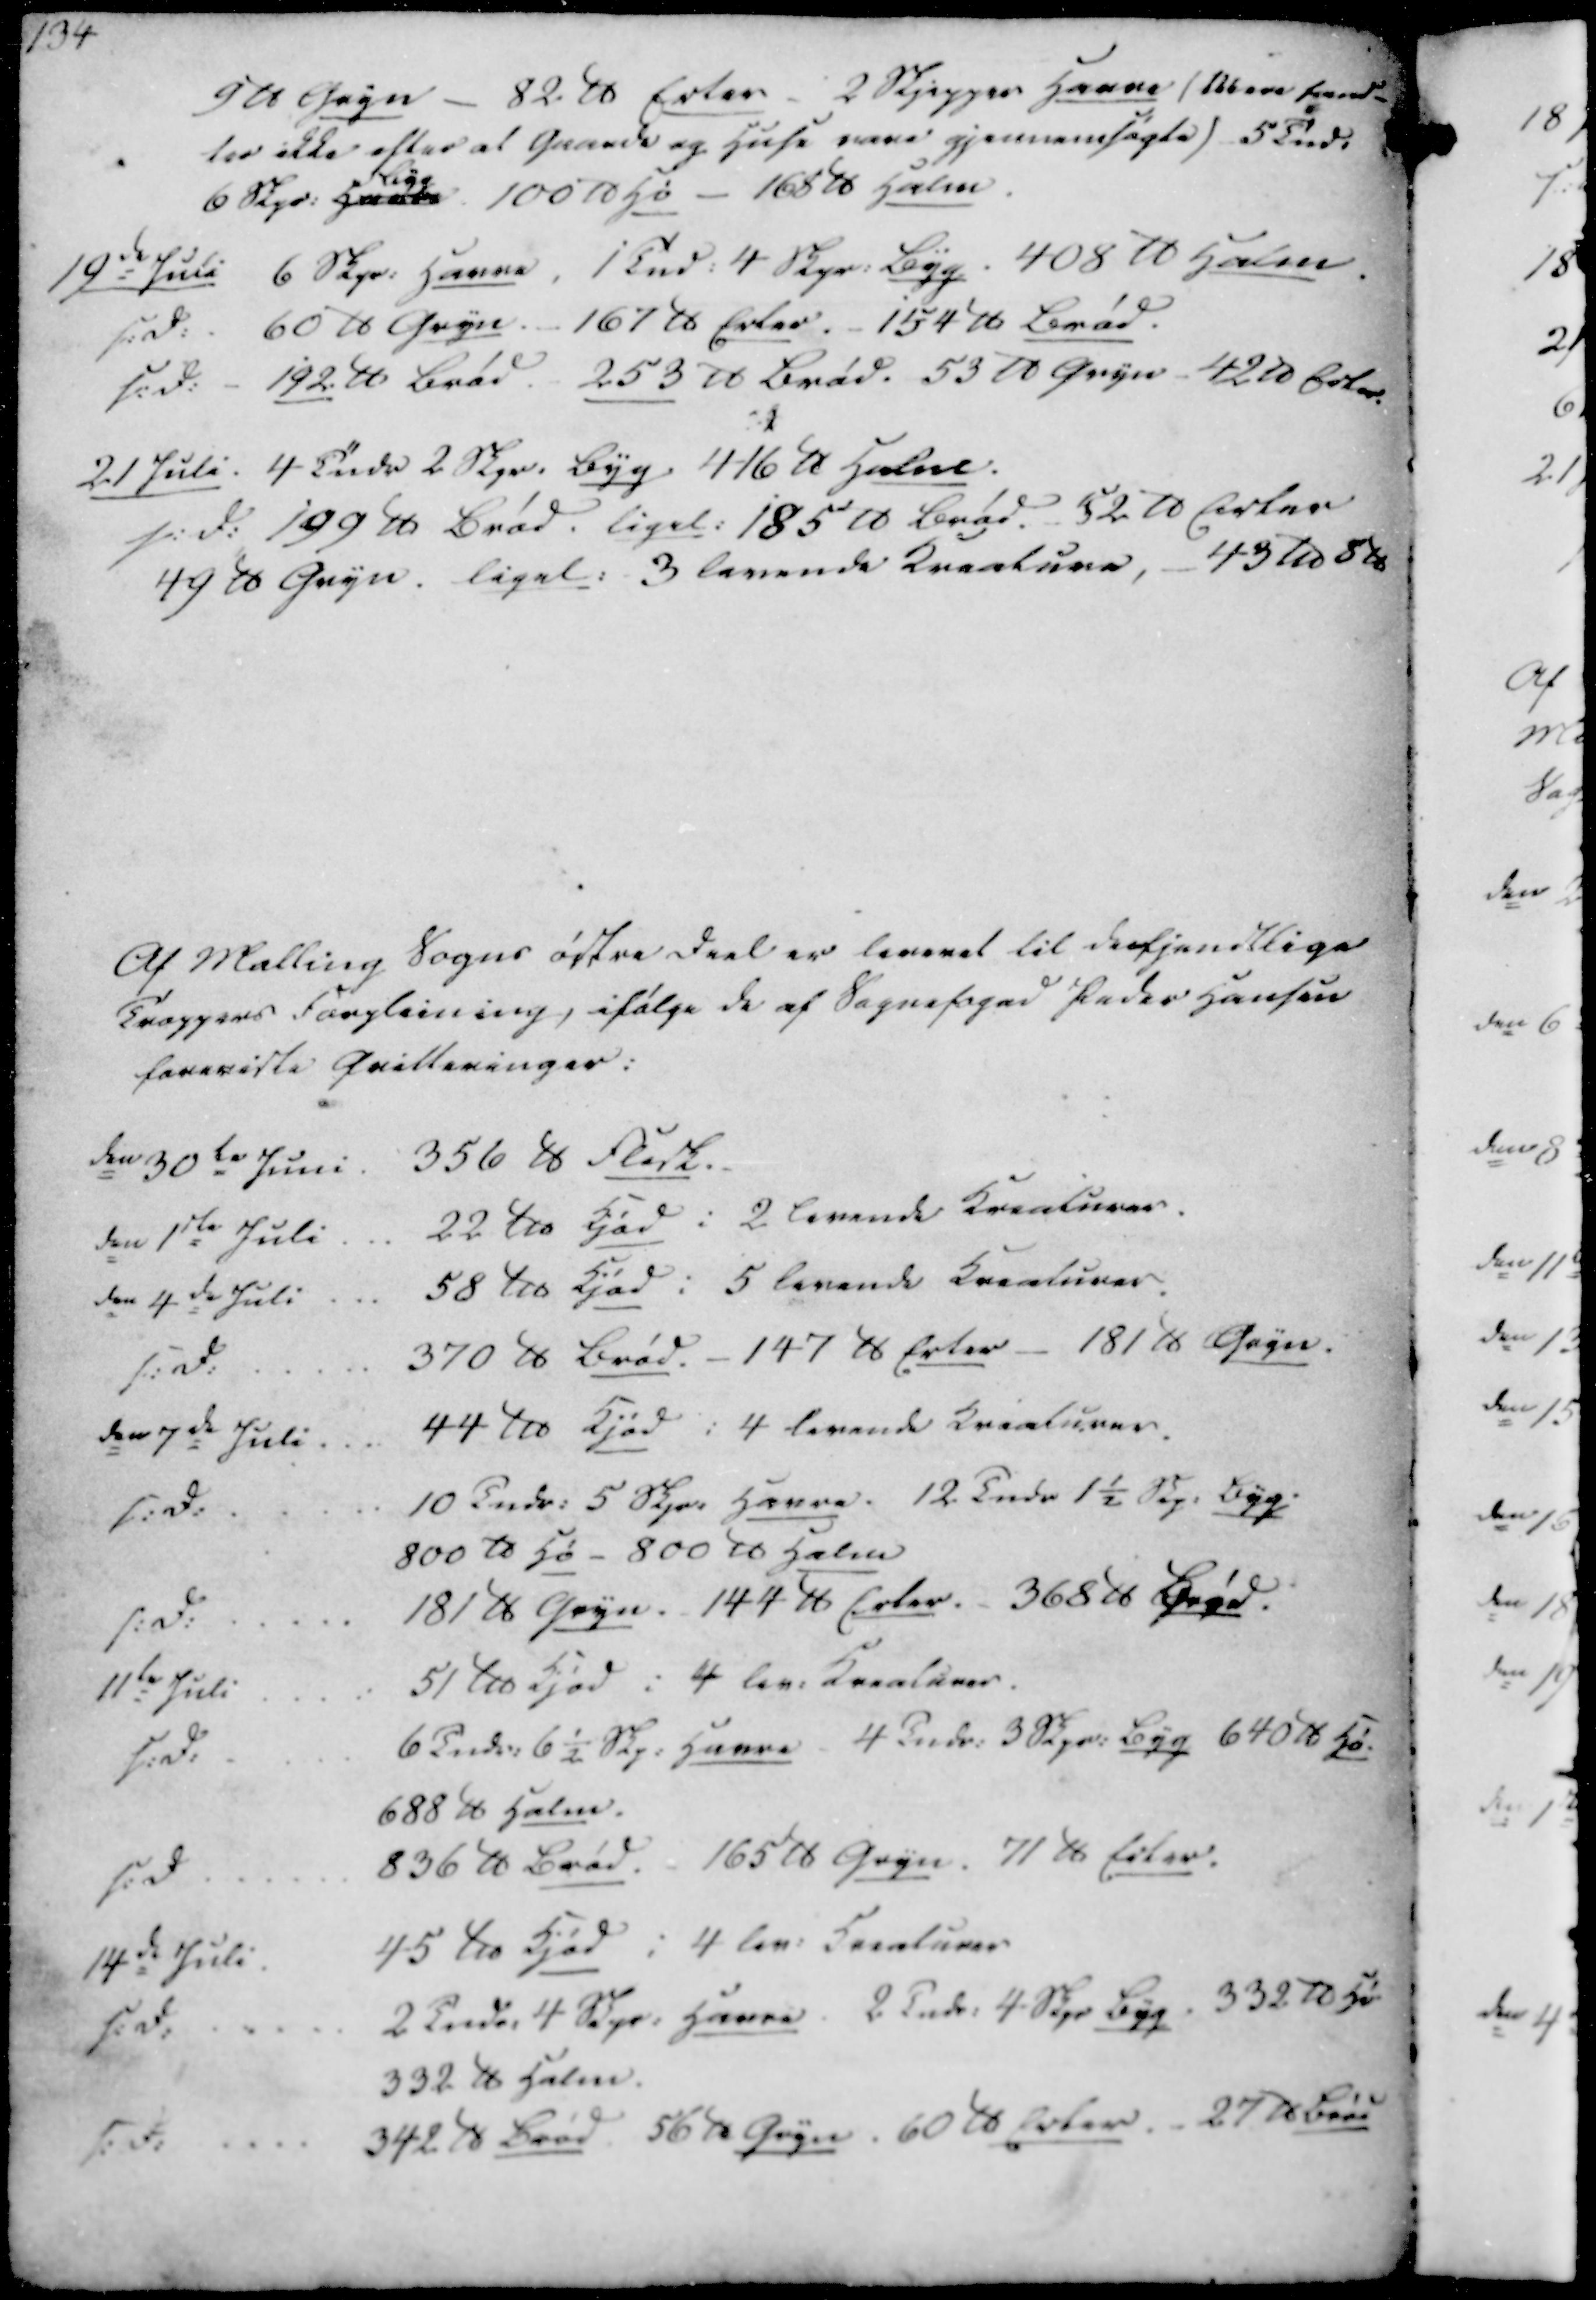
Transskription:
9 ℔ Gryn - 82 ℔ Erter - 2 Skjepper Havre (Mere fand-
tes ikke efter at Gaarde og Huse være gjennemsøgte) 5 Tnd.
6 Skpr. Havre
Byg
100 ℔ Hø - 168 ℔ Halm

19de Juli 6 Skpr. Havre, 1 Tnd. 4 Skpr. Byg. 408 ℔ Halm.
s.D. . 60 ℔ Gryn. - 167 ℔ Erter. - 154 ℔ Brød.
s.D. - 192 ℔ Brød. 253 ℔ Brød. 53 ℔ Gryn - 42 ℔ Erter.

21 Juli. 4 Tndr 2 Skpr. Byg. 416 ℔ Halm.
s.D. 199 ℔ Brød. Ligel. 185 ℔ Brød. - 52 ℔ Erter
49 ℔ Gryn. Ligel. 3 levende Kreature, - 43 ℔ 8 ℔

Af Malling Sogns østre Deel er leveret til de fjendtlige
Tropper Forpleining, ifølge de af Sognefoged Peder Hansen
foranviste Qvitteringer:

den 30te Juni. 356 ℔ Flesk.
den 1ste Juli
22 ℔ Kjød i 2 levende Kreaturer.
den 4de Juli
58 ℔ Kjød i 5 levende Kreaturer.
s.D.
370 ℔ Brød. - 147 ℔ Erter - 181 ℔ Gryn.
den 7de Juli
44 ℔ Kjød i 4 levende Kreaturer.
s.D.
10 Tndr. 5 Skpr. Havre. 12 Tndr 1½ Skp. Byg
800 ℔ Hø - 800 ℔ Halm
s.D.
181 ℔ Gryn. - 144 ℔ Erter. - 368 ℔ Brød
11te Juli
51 ℔ Kjød i 4 lev. Kreaturer.
s.D.
6 Tndr. 6½ Skp. Havre - 4 Tndr. 3 Skpr. Byg 640 ℔ Hø.
688 ℔ Halm
s.D.
836 ℔ Brød. - 165 ℔ Gryn. 71 ℔ Erter.
14de Juli
45 ℔ Kjød i 4 lev. Kreaturer
s.D.
2 Tndr. 4 Skpr. Havre. 2 Tndr. 4 Skpr Byg 332 ℔ Hø
332 ℔ Halm.
s.D.
342 ℔ Brød. 56 ℔ Gryn. 60 ℔ Erter. - 27 ℔ Brød